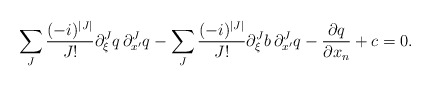
\begin{align*} \sum_{J} \frac{(-i)^{|J|}}{J !} \partial_{\xi}^{J}q \, \partial_{x^\prime}^{J}q - \sum_{J} \frac{(-i)^{|J|}}{J !} \partial_{\xi}^{J}b \, \partial_{x^\prime}^{J}q - \frac{\partial q}{\partial x_n} + c = 0. \end{align*}